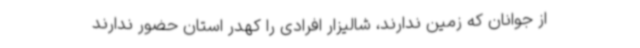
از جوانان که زمین ندارند، شالیزار افرادی را کهدر استان حضور ندارند